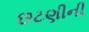
છટણીની